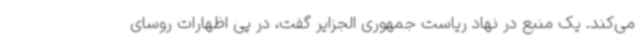
می‌کند. یک منبع در نهاد ریاست جمهوری الجزایر گفت، در پی اظهارات روسای